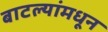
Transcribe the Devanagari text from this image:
बाटल्यांमधून